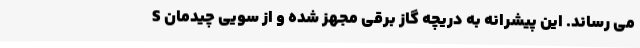
S می رساند. این پیشرانه به دریچه گاز برقی مجهز شده و از سویی چیدمان